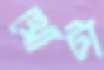
থ্রোটা